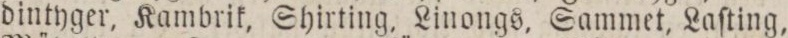
dintyger, Kambrik, Shirting, Linongs, Sammet, Laſting,